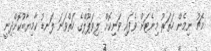
މެޗު ނިމެން ހަތަރު މިނެޓަށް ވެފައި ވަނިކޮށް ލިވަޕޫލްގެ ހަތްވަނަ ލަނޑު ކާމިޔާބުކޮށްދިނީ